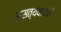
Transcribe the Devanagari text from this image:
असत्यवादाची